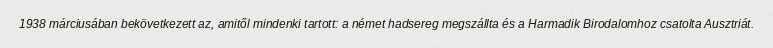
1938 márciusában bekövetkezett az, amitől mindenki tartott: a német hadsereg megszállta és a Harmadik Birodalomhoz csatolta Ausztriát.